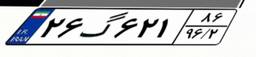
۲۶گ۶۲۱۸۶